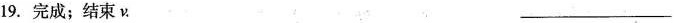
19. 完成；结束ν. ___